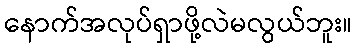
နောက်အလုပ်ရှာဖို့လဲမလွယ်ဘူး။